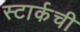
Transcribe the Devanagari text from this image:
स्टार्कची